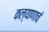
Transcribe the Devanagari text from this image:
कल्याणाचं